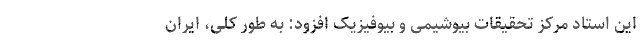
این استاد مرکز تحقیقات بیوشیمی و بیوفیزیک افزود: به طور کلی، ایران